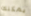
يمكنك